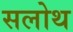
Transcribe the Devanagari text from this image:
सलोथ